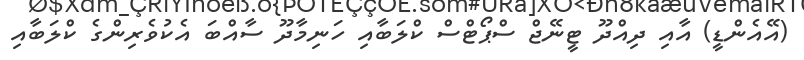
(އޭއެންޑީ) އާއި ދިއްދޫ ޓީނޭޖް ސްޕޯޓްސް ކްލަބާއި ހަނިމާދޫ ސާއްބަ އެކުވެރިންގެ ކްލަބާއި